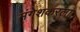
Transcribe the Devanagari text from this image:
मंगेशकरला